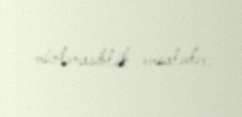
müntənasiblik əmsalıdır.